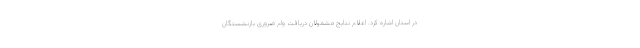
در استان اشاره کرد. اعلام نتایج مشمولان دریافت وام ضروری بازنشستگان